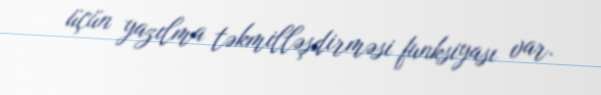
üçün yazılma təkmilləşdirməsi funksiyası var.